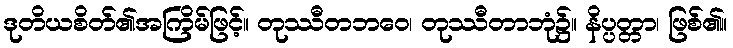
ဒုတိယစိတ်၏အကြိမ်ဖြင့်။ တုဿီတဘဝေ၊ တုဿီတာဘုံ၌။ နိပ္ပတ္တာ၊ ဖြစ်၏။